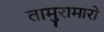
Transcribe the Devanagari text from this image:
तामुरामारो